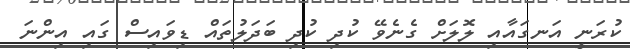
ކުރަނީ އަނގައާއި ލޮލަށް ގެނެވޭ ކުދި ކުދި ބަދަލުތައް ޑިވައިސް ގައި އިންނަ